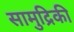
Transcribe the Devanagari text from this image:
सामुद्रिकी